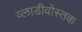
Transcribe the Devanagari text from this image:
व्लाडीवोस्तक